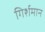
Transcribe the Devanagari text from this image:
गिर्शमान